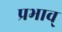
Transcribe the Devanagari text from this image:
प्रभाव्